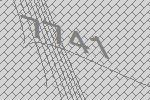
7741